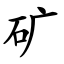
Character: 矿